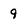
Character: 9